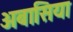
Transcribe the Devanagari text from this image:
अबासिया